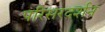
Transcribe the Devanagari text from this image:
परिसरदर्शन